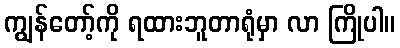
ကျွန်တော့်ကို ရထားဘူတာရုံမှာ လာ ကြိုပါ။